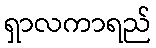
ရှာလကာရည်